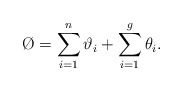
\begin{align*}\O=\sum_{i=1}^{n}{\vartheta_{i}}+\sum_{i=1}^{g}{\theta_{i}}.\end{align*}